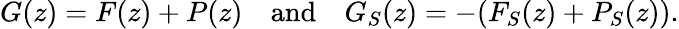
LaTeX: G(z)=F(z)+P(z)\quad\mathrm{and}\quad G_{S}(z)=-(F_{S}(z)+P_{S}(z)).